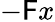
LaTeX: -\mathsf{F}x